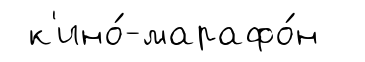
к'ино́-марафо́н